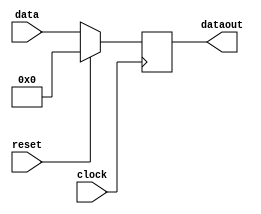
module pipo(data,dataout,clock,reset);
	output reg[3:0] dataout;
	input[3:0] data;
	input clock;
	input reset;
	always @(negedge clock)
		begin
			if(reset)
				dataout<=4'b0000;
			else
				dataout<=data;
		end
endmodule